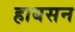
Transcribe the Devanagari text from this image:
हाबसन